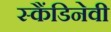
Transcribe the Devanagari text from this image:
स्कैंडिनेवी